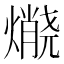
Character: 𱬘